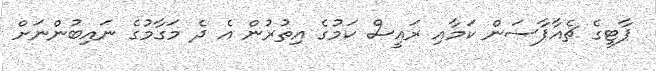
ޕާޓީގެ ޗެއާޕާސަން ކަމާއި ރައީސް ކަމުގެ އިތުރުން އެ ދެ މަގާމުގެ ނައިބުންނަށް